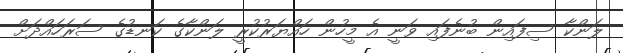
ލަންކާ ސިފައިން ބުނެފައި ވަނީ އެ މީހުން ހައްޔަރުކުރީ ލަންކާގެ ކަނޑުގެ ސަރަހައްދަށް